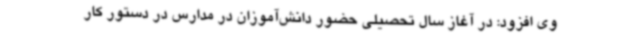
وی افزود: در آغاز سال تحصیلی حضور دانش‌آموزان در مدارس در دستور کار